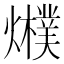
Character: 𤒊